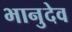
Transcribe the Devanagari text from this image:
भानुदेव